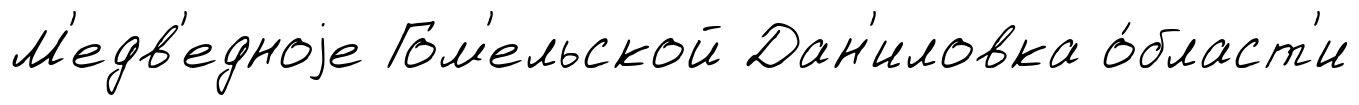
М'едв'едноjе Гом'ельской Дан'иловка о́бласт'и